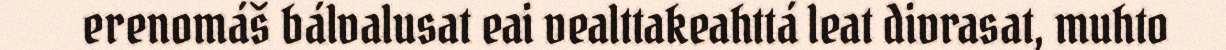
erenomáš bálvalusat eai vealttakeahttá leat divrasat, muhto